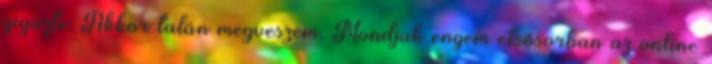
gigazte: Akkor talán megveszem. Mondjuk engem elsősorban az online